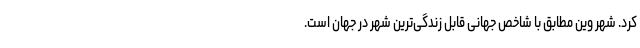
کرد. شهر وین مطابق با شاخص جهانی قابل زندگی‌ترین شهر در جهان است.